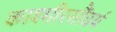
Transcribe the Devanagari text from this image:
काश्मीरसौंदर्य